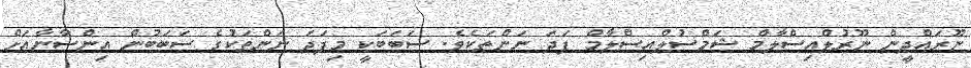
ނޫރައްދީން ނޫރުލްއިސްލާމް ޝަމްސުލްއިސްލާމް ފަދަ ނަންތަކެވެ. ސަބަބަކީ މިފަދަ ނަންތަކުގެ ސަބަބުން އިންސާނާއަށް